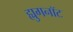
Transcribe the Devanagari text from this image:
ह्युगनॉट